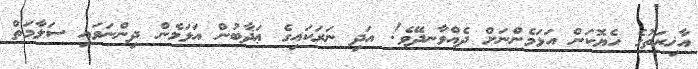
އާޚިރަތުގެ ހެޔޮކަން އަޅަމެންނަށް ދެއްވާނދޭވެ! އަދި ނަރަކައިގެ ޢަޛާބުން އަޅަމެން ދިންނަވައި ސަލާމަތް